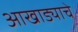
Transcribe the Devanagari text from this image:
आखाड्याचे